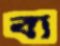
বা